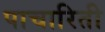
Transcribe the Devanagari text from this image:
पाचारिती